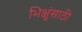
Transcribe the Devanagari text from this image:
भिक्षूंसाठी